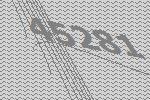
45281